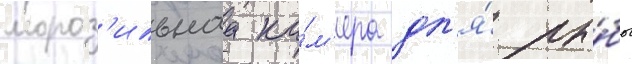
мороз'ильнаа ка́м'ера дл'я́ ры́бы